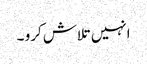
انہیں تلاش کرو ۔